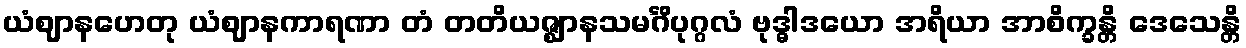
ယံဈာနဟေတု ယံဈာနကာရဏာ တံ တတိယဇ္ဈာနသမင်္ဂိပုဂ္ဂလံ ဗုဒ္ဓါဒယော အရိယာ အာစိက္ခန္တိ ဒေသေန္တိ